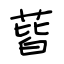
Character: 蒈